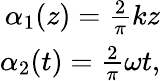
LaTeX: \begin{array}{r}{\alpha_{1}(z)=\frac{2}{\pi}kz}\\ {\alpha_{2}(t)=\frac{2}{\pi}\omega t,}\end{array}